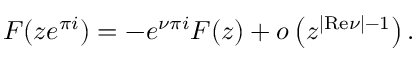
F ( z e ^ { \pi i } ) = - e ^ { \nu \pi i } F ( z ) + o \left( z ^ { | { \mathrm { R e } } \nu | - 1 } \right) .